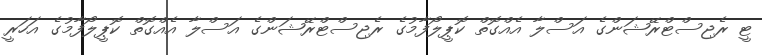
ޓީ ރެޖިސްޓްރޭޝަންގެ އަސްލާ އެއްގޮތް ކޮޕީލޯފާމުގެ ރެޖިސްޓްރޭޝަންގެ އަސްލާ އެއްގޮތް ކޮޕީލޯފާމުގެ އަހަރީ